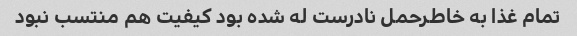
تمام غذا به خاطرحمل نادرست له شده بود کیفیت هم منتسب نبود